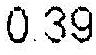
0.39